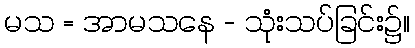
မသ = အာမသနေ - သုံးသပ်ခြင်း၌။